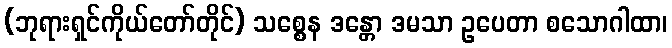
(ဘုရားရှင်ကိုယ်တော်တိုင်) သစ္စေန ဒန္တော ဒမသာ ဥပေတာ စသောဂါထာ၊